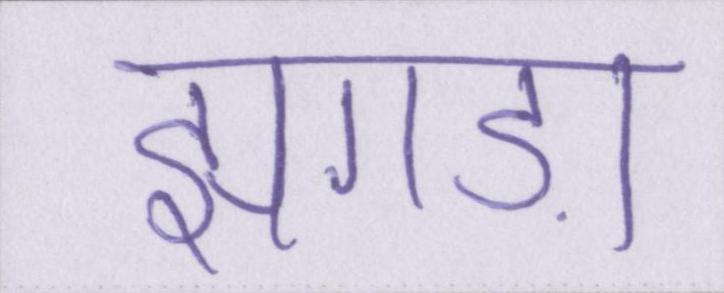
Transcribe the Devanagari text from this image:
झगड़ा